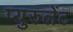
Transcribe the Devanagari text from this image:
प्युरुलेंट